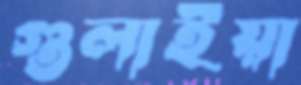
গুলাইয়া